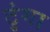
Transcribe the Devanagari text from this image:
टुंगा